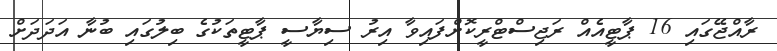
ރާއްޖޭގައި 16 ޕާޓީއެއް ރަޖިސްޓްރީކޮށްފައިވާ އިރު ސިޔާސީ ޕާޓީތަކުގެ ބިލުގައި ބުނާ އަދަދަށް